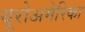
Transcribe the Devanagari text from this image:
यूरोअमेरिका